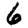
Digit: 6